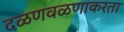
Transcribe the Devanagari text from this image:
दळणवळणाकरता